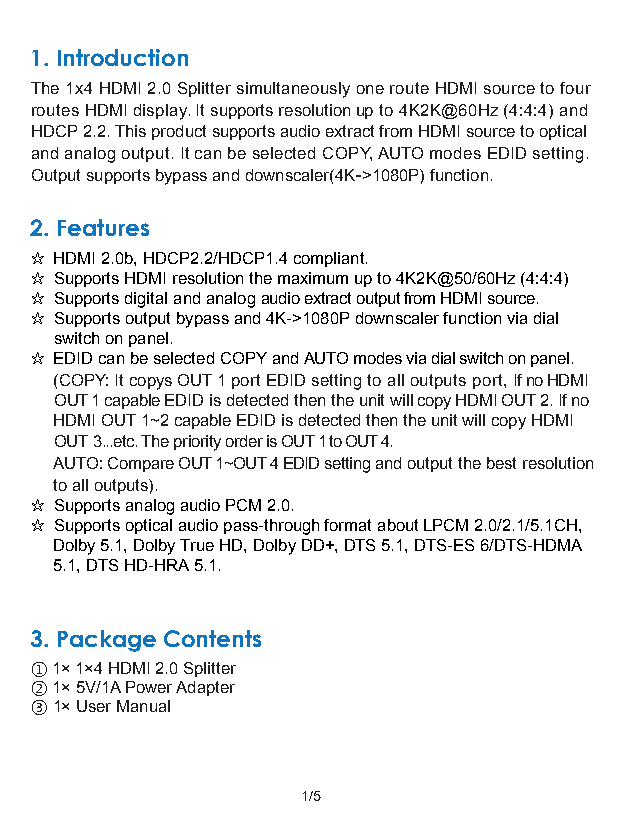
1. Introduction
 The 1x4 HDMI 2.0 Splitter simultaneously one route HDMI source to four
 routes HDMI display. It supports resolution up to 4K2K@60Hz (4:4:4) and
 HDCP 2.2. This product supports audio extract from HDMI source to optical
 and analog output. It can be selected COPY, AUTO modes EDID setting.
 Output supports bypass and downscaler(4K->1080P) function.
 2. Features
 ☆ HDMI 2.0b, HDCP2.2/HDCP1.4 compliant.
 ☆ Supports HDMI resolution the maximum up to 4K2K@50/60Hz (4:4:4)
 ☆ Supports digital and analog audio extract output from HDMI source.
 ☆ Supports output bypass and 4K->1080P downscaler function via dial
 switch on panel.
 ☆ EDID can be selected COPY and AUTO modes via dial switch on panel.
 (COPY: It copys OUT 1 port EDID setting to all outputs port, If no HDMI
 OUT 1 capable EDID is detected then the unit will copy HDMI OUT 2. If no
 HDMI OUT 1~2 capable EDID is detected then the unit will copy HDMI
 OUT 3...etc. The priority order is OUT 1 to OUT 4.
 AUTO: Compare OUT 1~OUT 4 EDID setting and output the best resolution
 to all outputs).
 ☆ Supports analog audio PCM 2.0.
 ☆ Supports optical audio pass-through format about LPCM 2.0/2.1/5.1CH,
 Dolby 5.1, Dolby True HD, Dolby DD+, DTS 5.1, DTS-ES 6/DTS-HDMA
 5.1, DTS HD-HRA 5.1.
 3. Package Contents
 ① 1× 1×4 HDMI 2.0 Splitter
 ② 1× 5V/1A Power Adapter
 ③ 1× User Manual
 1/5